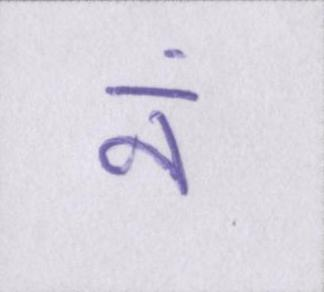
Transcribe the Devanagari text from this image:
नं